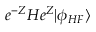
e ^ { - Z } H e ^ { Z } | \phi _ { H F } \rangle